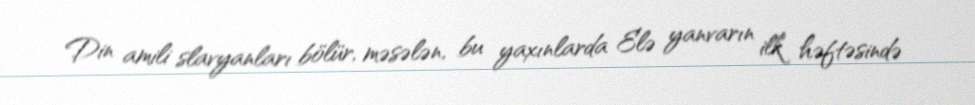
Din amili slavyanları bölür, məsələn, bu yaxınlarda Elə yanvarın ilk həftəsində